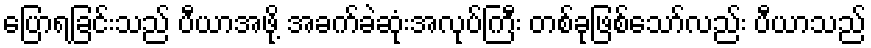
ပြောရခြင်းသည် ပီယာအဖို့ အခက်ခဲဆုံးအလုပ်ကြီး တစ်ခုဖြစ်သော်လည်း ပီယာသည်